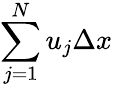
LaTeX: \sum_{j=1}^{N}u_{j}\Delta x